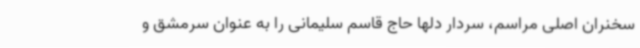
سخنران اصلی مراسم، سردار دلها حاج قاسم سلیمانی را به عنوان سرمشق و